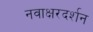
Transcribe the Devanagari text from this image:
नवाक्षरदर्शन